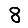
Digit: 8